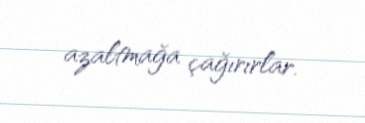
azaltmağa çağırırlar.